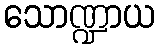
သောဏ္ဍာယ